Annual vaccination report of Bihar and Orissa - 1911-1928
Year: 1911
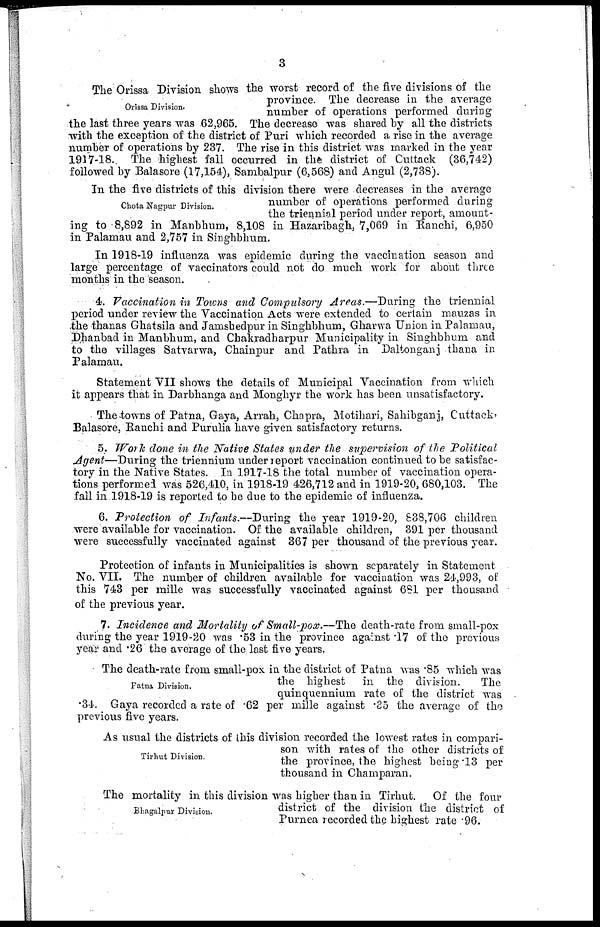
3
Orissa Division.
The Orissa Division shows the worst record of the five divisions of the
province. The decrease in the average
number of operations performed during
the last three years was 62,965. The decrease was shared by all the districts
with the exception of the district of Puri which recorded a rise in the average
number of operations by 237. The rise in this district was marked in the year
1917-18. The highest fall occurred in the district of Cuttack (36,742)
followed by Balasore (17,154), Sambalpur (6,568) and Angul (2,738).
Chota Nagpur Division.
In the five districts of this division there were decreases in the average
number of operations performed during
the triennial period under report, amount-
ing to 8,892 in Manbhum, 8,108 in Hazaribagh, 7,069 in Ranchi, 6,950
in Palamau and 2,757 in Singhbhum.
In 1918-19 influenza was epidemic during the vaccination season and
large percentage of vaccinators could not do much work for about three
months in the season.
4. Vaccination in Towns and Compulsory Areas.—During the triennial
period under review the Vaccination Acts were extended to certain mauzas in
the thanas Ghatsila and Jamshedpur in Singhbhum, Gharwa Union in Palamau,
Dhanbad in Manbhum, and Chakradharpur Municipality in Singhbhum and
to the villages Satvarwa, Chainpur and Pathra in Daltonganj thana in
Palamau.
Statement VII shows the details of Municipal Vaccination from which
it appears that in Darbhanga and Monghyr the work has been unsatisfactory.
The towns of Patna, Gaya, Arrah, Chapra, Motihari, Sahibganj, Cuttack,
Balasore, Ranchi and Purulia have given satisfactory returns.
5. Work done in the Native States under the supervision of the Political
Agent—During the triennium under report vaccination continued to be satisfac-
tory in the Native States. In 1917-18 the total number of vaccination opera-
tions performed was 526,410, in 1918-19 426,712 and in 1919-20, 680,103. The
fall in 1918-19 is reported to be due to the epidemic of influenza.
6. Protection of Infants.—During
the year 1919-20, 838,706 children
were available for vaccination. Of the available children, 391 per thousand
were successfully vaccinated against 367 per thousand of the previous year.
Protection of infants in Municipalities is shown separately in Statement
No. VII. The number of children available for vaccination was 24,993, of
this 743 per mille was successfully vaccinated against 681 per thousand
of the previous year.
7. Incidence and Mortality of Small-pox.—The death-rate from small-pox
during the year 1919-20 was .53 in the province against .17 of the previous
year and .26 the average of the last five years.
Patna Division.
The death-rate from small-pox in the district of Patna was .85 which was
the highest
in the division.
The
quinquennium rate of the district was
34. Gaya recorded a rate of .62 per mille against .35 the average of the
previous five years.
Tirhut Division.
As usual the districts of this division recorded the lowest rates in compari-
son with rates of the other districts of
the province, the highest being .13 per
thousand in Champaran.
Bhagalpur Division.
The mortality in this division was higher than in Tirhut. Of the four
district of the division the district of
Purnea recorded the highest rate .96.